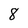
Character: 8